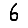
Digit: 6